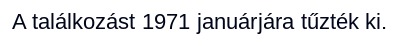
A találkozást 1971 januárjára tűzték ki.